Lunatic asylums Madras 1877-1891 - 1877-1891
Year: 1877
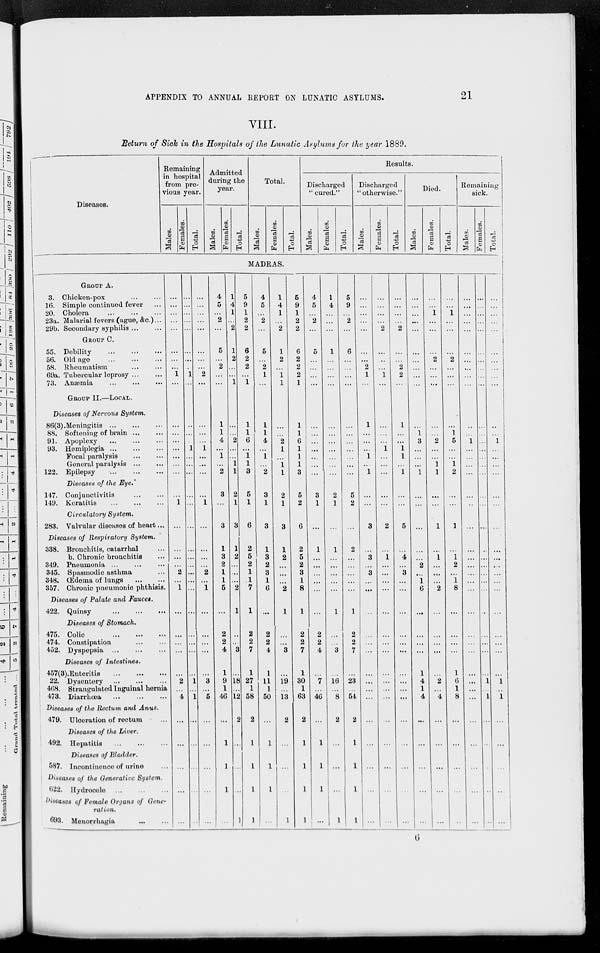
APPENDIX TO ANNUAL REPORT ON LUNATIC ASYLUMS.
21
VIII.
Return of Sick in the Hospitals of the Lunatic Asylums for the year 1889.
Diseases.
Remaining
in hospital
from pre-
vious year.
Males.
Females.
Total.
Admitted
during the
year.
Males.
Females.
Total.
Total.
Males.
Females.
Total.
Results.
Discharged
" cured."
Males.
Females.
Total.
Discharged
" otherwise."
Males.
Females.
Total.
Died.
Males.
Females.
Total.
Remaining
sick.
Males.
Females.
Total.
MADRAS.
GROUP A.
3. Chicken-pox
...
...
16. Simple continued fever ...
20. Cholera
...
...
...
23a. Malarial fevers (ague, &c.) ...
29b. Secondary syphilis ... ...
GROUP C.
55. Debility
...
...
...
56. Old age
...
...
...
58. Rheumatism
...
...
69a. Tubercular leprosy ... ...
73. Anæmia ... ... ...
GROUP II.—LOCAL.
Diseases of Nervous System.
86(3). Meningitis
...
...
...
88. Softening of brain ... ...
91. Apoplexy
...
...
...
93. Hemiplegia
...
...
...
Focal paralysis
...
...
General paralysis
...
...
122. Epilepsy
...
...
...
Diseases of the Eye.
147. Conjunctivitis
...
...
149. Keratitis
...
...
...
Circulatory System.
283. Valvular diseases of heart ...
Diseases of Respiratory System.
338. Bronchitis, catarrhal ...
b. Chronic bronchitis ...
349. Pneumonia
...
...
...
345. Spasmodic asthma ...
348. Œdema of lungs
...
...
357. Chronic pneumonic phthisis.
Diseases of Palate and Fauces.
422. Quinsy
...
...
...
Diseases of Stomach.
475. Colic
...
...
...
474. Constipation
...
...
452. Dyspepsia
...
...
...
Diseases of Intestines.
457(3).Enteritis
...
...
...
22. Dysentery
...
...
...
468. Strangulated Inguinal hernia
473. Diarrhœa
...
...
...
Diseases of the Rectum and Anus.
479. Ulceration of rectum ...
Diseases of the Liver.
492. Hepatitis
...
...
...
Diseases of Bladder.
587.
Incontinence of urine ...
Diseases of the Generative System.
622. Hydrocele
...
...
...
Diseases of Female Organs of Gene-
ration.
693. Menorrhagia ... ...
...
...
...
...
...
...
...
...
...
1
...
...
...
...
...
...
...
...
...
1
...
...
...
...
2
...
1
...
...
...
...
...
2
...
4
...
...
...
...
...
...
...
...
...
...
...
...
...
...
1
...
...
...
...
1
...
...
...
...
...
...
...
...
...
...
...
...
...
...
...
...
...
1
...
1
...
...
...
...
...
...
...
...
...
...
...
...
...
...
2
...
...
...
...
1
...
...
...
...
1
...
...
...
...
2
...
1
...
...
...
...
...
3
...
5
...
...
...
...
...
4
5
...
2
...
5
...
2
...
...
1
1
4
...
1
...
2
3
...
3
1
3
2
1
1
5
...
2
2
4
1
9
1
46
...
1
1
1
...
1
4
1
...
2
1
2
...
...
1
...
...
2
...
...
1
1
2
1
3
1
2
...
...
...
2
1
...
...
3
...
18
...
12
2
...
...
...
1
5
9
1
2
2
6
2
2
...
1
1
1
6
...
1
1
3
5
1
6
2
5
2
1
1
7
1
2
2
7
1
27
1
58
2
1
1
1
1
4
5
...
2
...
5
...
2
1
...
1
1
4
...
1
...
2
3
1
3
1
3
2
3
1
6
...
2
2
4
1
11
1
50
...
1
1
1
...
1
4
1
...
2
1
2
...
1
1
...
...
2
1
...
1
1
2
1
3
1
2
...
...
...
2
1
...
...
3
...
19
...
13
2
...
...
...
1
5
9
1
2
2
6
2
2
2
1
1
1
6
1
1
1
3
5
2
6
2
5
2
3
1
8
1
2
2
7
1
30
1
63
2
1
1
1
1
4
5
...
2
...
5
...
...
...
...
...
...
...
...
...
...
...
3
1
...
1
...
...
...
...
...
...
2
2
4
...
7
...
46
...
1
1
1
...
1
4
...
...
...
1
...
...
...
...
...
...
...
...
...
...
...
2
1
...
1
...
...
...
...
...
1
...
...
3
...
16
...
8
2
...
...
...
1
5
9
...
2
...
6
...
...
...
...
...
...
...
...
...
...
...
5
2
...
2
...
...
...
...
...
1
2
2
7
...
23
...
54
2
1
1
1
1
...
...
...
...
...
...
...
2
1
...
1
...
...
...
1
...
1
...
...
3
...
3
...
3
...
...
...
...
...
...
...
...
...
...
...
...
...
...
...
...
...
...
...
2
...
...
...
1
...
...
...
...
1
...
...
...
...
...
2
...
1
...
...
...
...
...
...
...
...
...
...
...
...
...
...
...
...
...
...
...
...
...
2
...
...
2
2
...
1
...
...
1
1
...
1
...
...
5
...
4
...
3
...
...
...
...
...
...
...
...
...
...
...
...
...
...
...
...
...
...
...
...
...
...
...
...
...
...
1
3
...
...
...
1
...
...
...
...
...
2
...
1
6
...
...
...
...
1
4
1
4
...
...
...
...
...
...
...
1
...
...
...
2
...
...
...
...
...
2
...
...
1
1
...
...
1
...
1
...
...
...
2
...
...
...
...
...
2
...
4
...
...
...
...
...
...
...
1
...
...
...
2
...
...
...
...
1
5
...
...
1
2
...
...
1
...
1
2
...
1
8
...
...
...
...
1
6
1
8
...
...
...
...
...
...
...
...
...
...
...
...
...
...
...
...
...
1
...
...
...
...
...
...
...
...
...
...
...
...
...
...
...
...
...
...
...
...
...
...
...
...
...
...
...
...
...
...
...
...
...
...
...
...
...
...
...
...
...
...
...
...
...
...
...
...
...
...
...
...
...
...
...
...
...
1
...
1
...
...
...
...
...
...
...
...
...
...
...
...
...
...
...
...
...
1
...
...
...
...
...
...
...
...
...
...
...
...
...
...
...
...
...
...
1
...
1
...
...
...
...
...
6